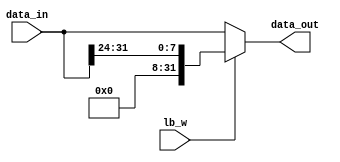
/************************************************* 
 
Copyright:Call_Me_ZK

File name:dataModifier.v

Author:ZK
 
Date:2020-08-9
 
Description:

	LB/LWlb_wmemory32
	LWLB
	

**************************************************/

module dataModifier

	#(parameter mem_dwidth = 32)

(data_in, lb_w, data_out);

	input [mem_dwidth-1:0] data_in;
	input lb_w;
	
	output reg [mem_dwidth-1:0] data_out;
	
	always@(data_in, lb_w) begin
		if(lb_w)
			data_out <= {24'b0, data_in[31:24]};
		else
			data_out <= data_in;
	end

endmodule